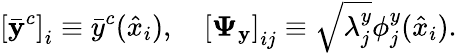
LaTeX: \left[\bar{\mathbf{y}}^{c}\right]_{i}\equiv\bar{y}^{c}(\hat{x}_{i}),\quad\left[\boldsymbol{\Psi}_{\mathbf{y}}\right]_{ij}\equiv\sqrt{\lambda_{j}^{y}}\phi_{j}^{y}(\hat{x}_{i}).